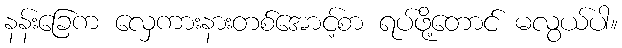
နန်းခြေက လှေကားနားတစ်အောင့်စာ ရပ်ဖို့တောင် မလွယ်ပါ။